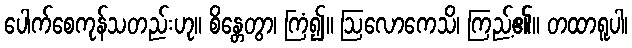
ပေါက်စေကုန်သတည်းဟု။ စိန္တေတွာ၊ ကြံ၍။ ဩလောကေသိ၊ ကြည့်၏။ တထာရူပါ၊